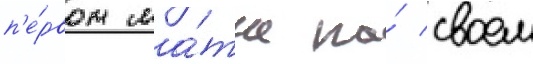
п'е́рвом ма́тче на́ своем